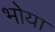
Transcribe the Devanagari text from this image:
भोया